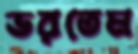
ভরতেম